Medical and sanitary report of the native army of Madras for the year
Year: 1872
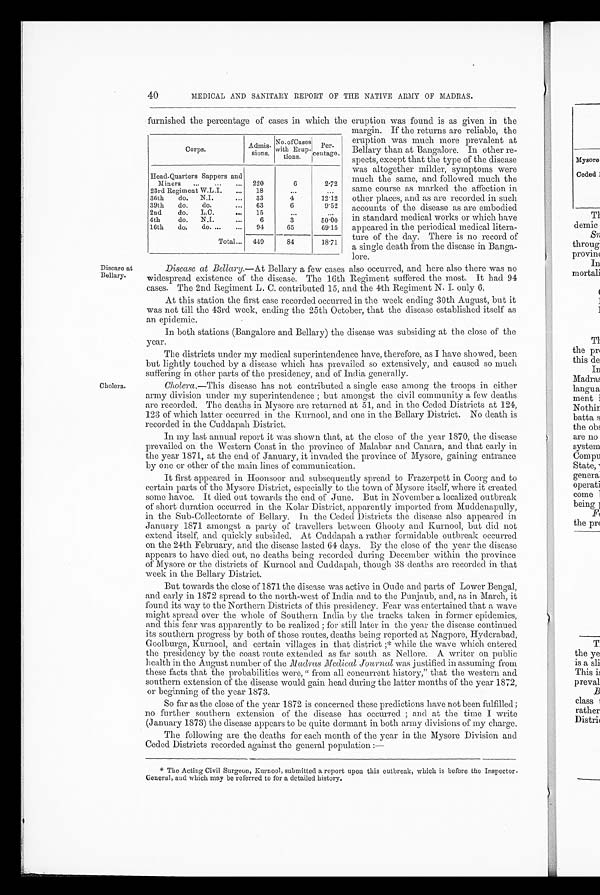
40
MEDICAL AND SANITARY REPORT OF THE NATIVE ARMY OF MADRAS.
furnished the percentage of cases in which the eruption was found is as given in the
Corps.
Admis-
sions.
No of Cases withErup
-
tions.
Per -
centage.
Head-Quarters Sappers and
Miners
...
...
...
220
6
2.72
23rd Regiment W.L.I.
...
18
. . .
...
36th
do.
N.I.
...
33
4
12.12
39th
do.
do.
...
63
6
9.52
2nd
do.
L.C.
...
15
. . .
...
4th
do.
N.I.
6
3
50.00
16th
do.
do. ...
...
94
65
69.15
Total...
449
84
18.71
margin. If the returns are reliable, the
eruption was much more prevalent at
Bellary than at Bangalore. In other re-
spects, except that the type of the disease
was altogether milder, symptoms were
much the same, and followed much the
same course as marked the affection in
other places, and as are recorded in such
accounts of the disease as are embodied
in standard medical works or which have
appeared in the periodical medical litera-
ture of the day. There is no record of
a single death from the disease in Banga-
lore.
Disease at
Bellary.
Cholera.
Disease at Bellary.—At Bellary a few cases also occurred, and here also there was no
widespread existence of the disease. The 16th Regiment suffered the most. It had 94
cases. The 2nd Regiment L. C. contributed 15, and the 4th Regiment N. I. only 6.
At this station the first case recorded occurred in the week ending 30th August, but it
was not till the 43rd week, ending the 25th October, that the disease established itself as
an epidemic.
In both stations (Bangalore and Bellary) the disease was subsiding at the close of the
year.
The districts under my medical superintendence have, therefore, as I have showed, been
but lightly touched by a disease which has prevailed so extensively, and caused so much
suffering in other parts of the presidency, and of India generally.
Cholera .—This disease has not contributed a single case among the troops in either
army division under my superintendence ; but amongst the civil community a few deaths
are recorded. The deaths in Mysore are returned at 51, and in the Ceded Districts at 124,
123 of which latter occurred in the Kurnool, and one in the Bellary District. No death is
recorded in the Cuddapah District.
In my last annual report it was shown that, at the close of the year 1870, the disease
prevailed on the Western Coast in the province of Malabar and Canara, and that early in
the year 1871, at the end of January, it invaded the province of Mysore, gaining entrance
by one or other of the main lines of communication.
It first appeared in Hoonsoor and subsequently spread to Frazerpett in Coorg and to
certain parts of the Mysore District, especially to the town of Mysore itself, where it created
some havoc. It died out towards the end of June. But in November a localized outbreak
of short duration occurred in the Kolar District, apparently imported from Muddenapully,
in the Sub-Collectorate of Bellary. In the Ceded Districts the disease also appeared in
January 1871 amongst a party of travellers between Ghooty and Kurnool, but did not
extend itself, and quickly subsided. At Cuddapah a rather formidable outbreak occurred
on the 24th February, and the disease lasted 64 days. By the close of the year the disease
appears to have died out, no deaths being recorded during December within the province
of Mysore or the districts of Kurnool and Cuddapah, though 38 deaths are recorded in that
week in the Bellary District.
But towards the close of 1871 the disease was active in Oude and parts of Lower Bengal,
and early in 1872 spread to the north-west of India and to the Punjaub, and, as in March, it
found its way to the Northern Districts of this presidency. Fear was entertained that a wave
might spread over the whole of Southern India by the tracks taken in former epidemics,
and this fear was apparently to be realized ; for still later in the year the disease continued
its southern progress by both of those routes, deaths being reported at Nagpore, Hyderabad,
Goolburga, Kurnool, and certain villages in that district ;* while the wave which entered
the presidency by the coast route extended as far south as Nellore. A writer on public
health in the August number of the Madras Medical Journalw a s j u s t i f i e d i n a s s u m i n g f r o m
these facts that the probabilities were, " from all concurrent history," that the western and
southern extension of the disease would gain head during the latter months of the year 1872,
or beginning of the year 1873.
So far as the close of the year 1872 is concerned these predictions have not been fulfilled;
no further southern extension of the disease has occurred ; and at the time I write
(January 1873) the disease appears to be quite dormant in both army divisions of my charge.
The following are the deaths for each month of the year in the Mysore Division and
Ceded Districts recorded against the general population :—
* The Acting Civil Surgeon, Kurnool, submitted a report upon this outbreak, which is before the Inspector-
General, and which may be referred to for a detailed history.